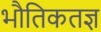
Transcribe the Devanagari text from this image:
भौतिकतज्ञ